Leaving Certificate Examination (including Day School Certificate (Higher) General paper), 1933
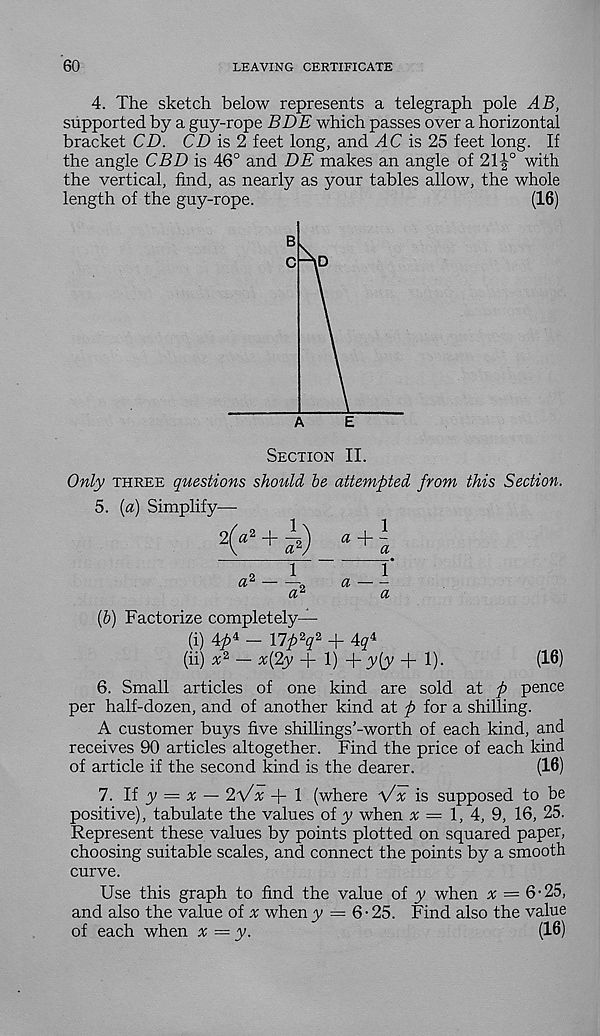
60
LEAVING CERTIFICATE
4. The sketch below represents a telegraph pole AB,
supported by a guy-rope BDE which passes over a horizontal
bracket CD. CD is 2 feet long, and AC is 25 feet long. If
the angle CBD is 46° and DE makes an angle of 21|° with
the vertical, find, as nearly as your tables allow, the whole
length of the guy-rope.
(16)
Section II.
Only three questions should be attempted from this Section.
5. {a) Simplify—
2 (a 2 + i 2 )
a + ~a
(b) Factorize completely—
(i) 4p i — llp^q* + d# 4
(ii) * 2 — x(2y + 1) + y(y + 1).
(16)
6. Small articles of one kind are sold at p pence
per half-dozen, and of another kind at p for a shilling.
A customer buys five shillings’-worth of each kind, and
receives 90 articles altogether. Find the price of each kind
of article if the second kind is the dearer.
(16)
7. li y = x — 2V# + 1 (where Vx is supposed to be
positive), tabulate the values of y when % = 1, 4, 9, 16, 25.
Represent these values by points plotted on squared paper,
choosing suitable scales, and connect the points by a smooth
curve.
Use this graph to find the value of y when # = 6-25,
and also the value of a when y = 6-25. Find also the value
of each when x = y.
(16)